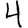
Digit: 4